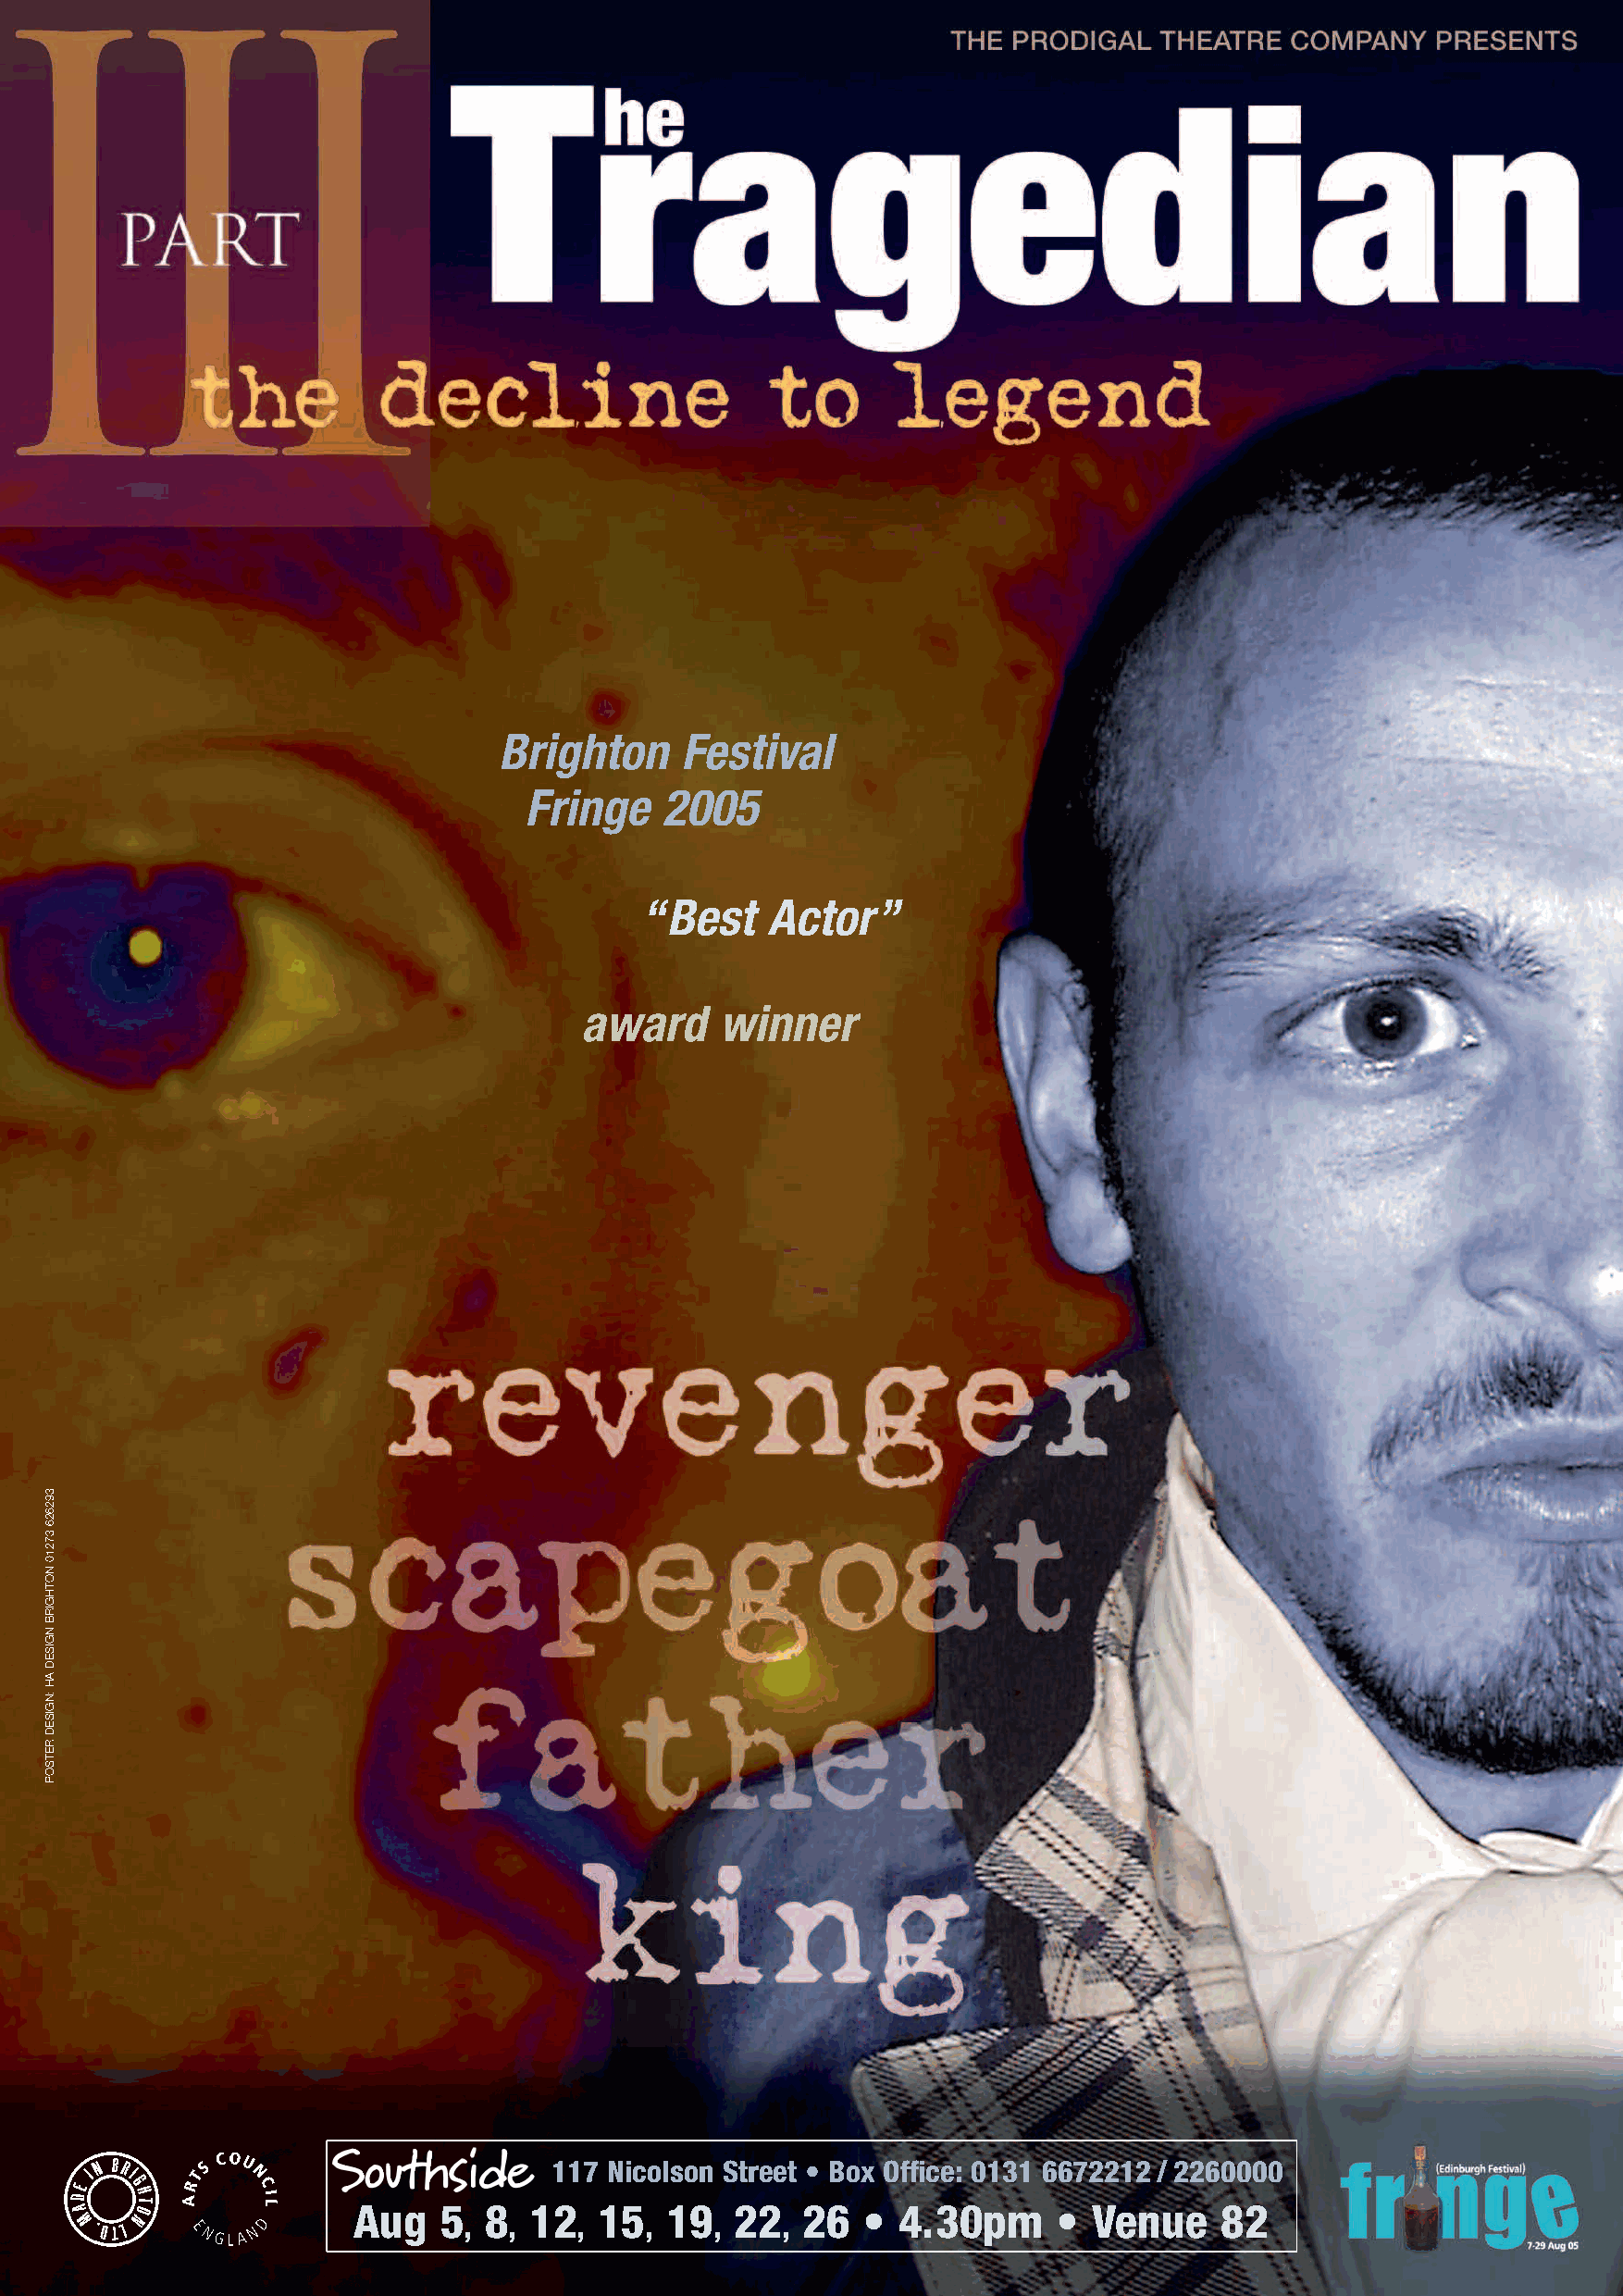
Brighton     Festival
 Fringe   2005
 “Best    Actor”
 award    winner
 117 Nicolson Street • Box Office: 0131 6672212 / 2260000
 Aug   5   8  12   15   19   22  26   • 4.30pm      • Venue    82
 ,  ,    ,    ,    ,    ,
 39262637210NOTHGIRBNGISEDAH:NGISEDRETSOP